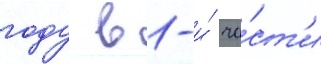
году в 1-и́ ча́ст'и